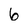
Character: 6